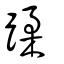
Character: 蹂